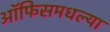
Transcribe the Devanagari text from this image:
ऑफिसमधल्या